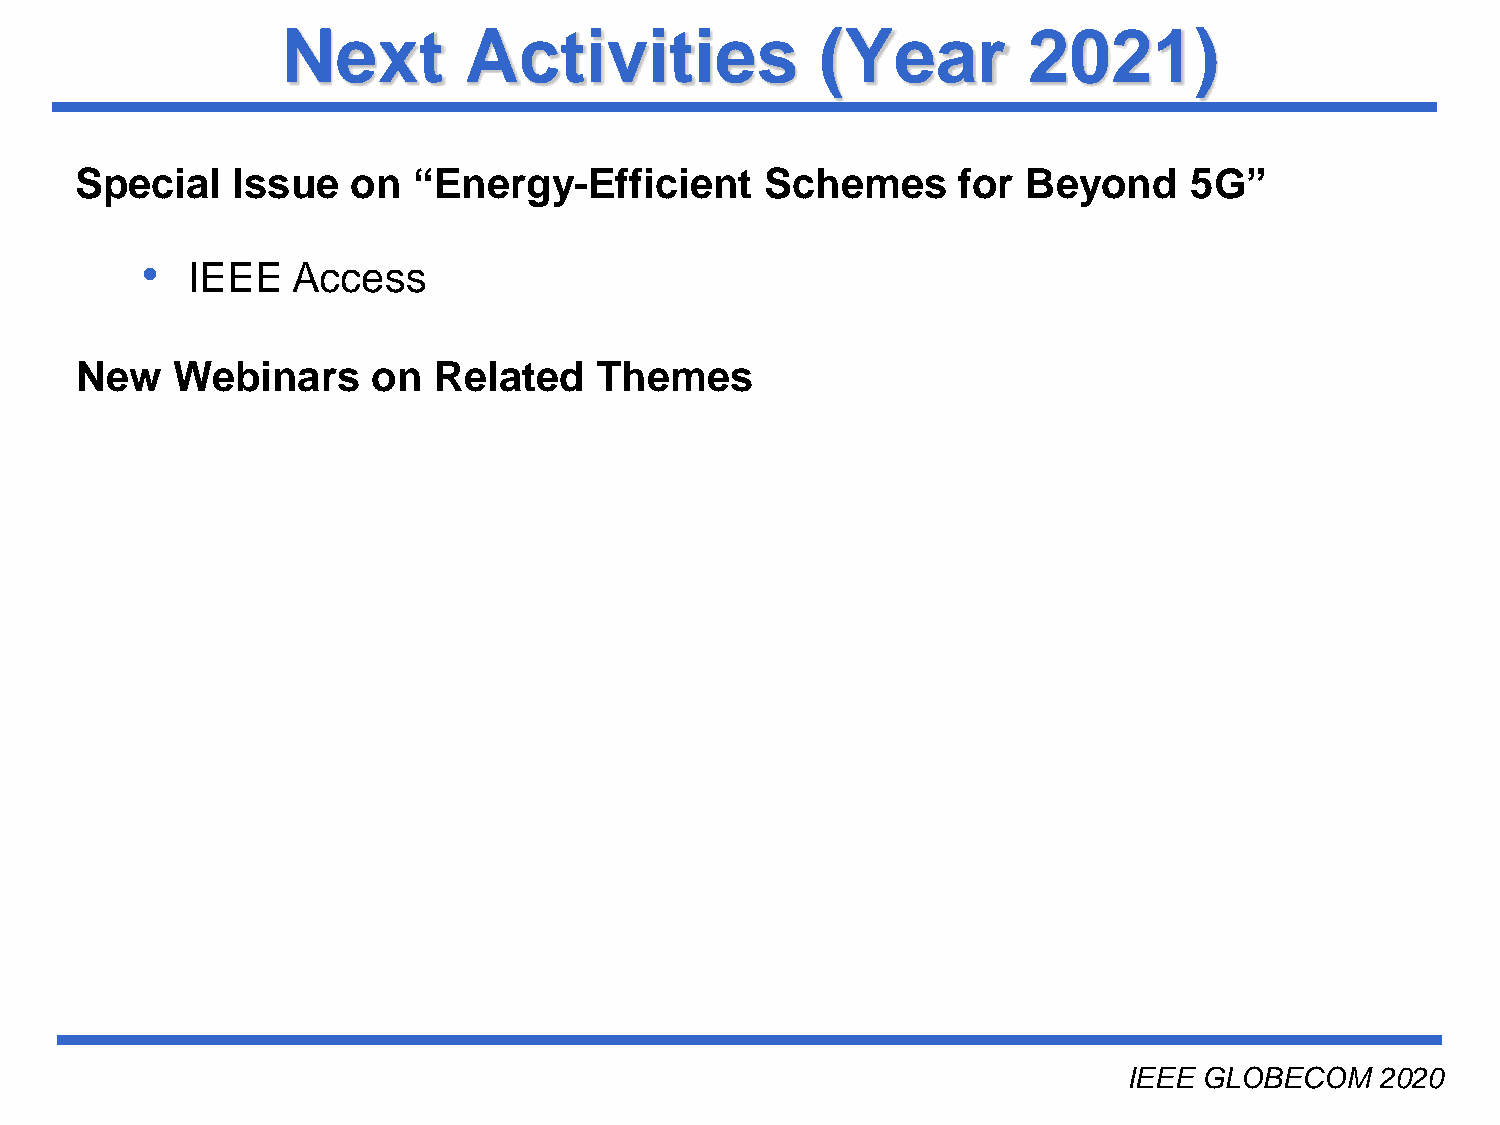
Next        Activities             (Year         2021)
 Special   Issue   on  “Energy-Efficient       Schemes     for  Beyond     5G”
 •
 IEEE   Access
 New   Webinars      on  Related   Themes
 Université du Québec
 IEEE GLOBECOM   2020
 INRS-EMT